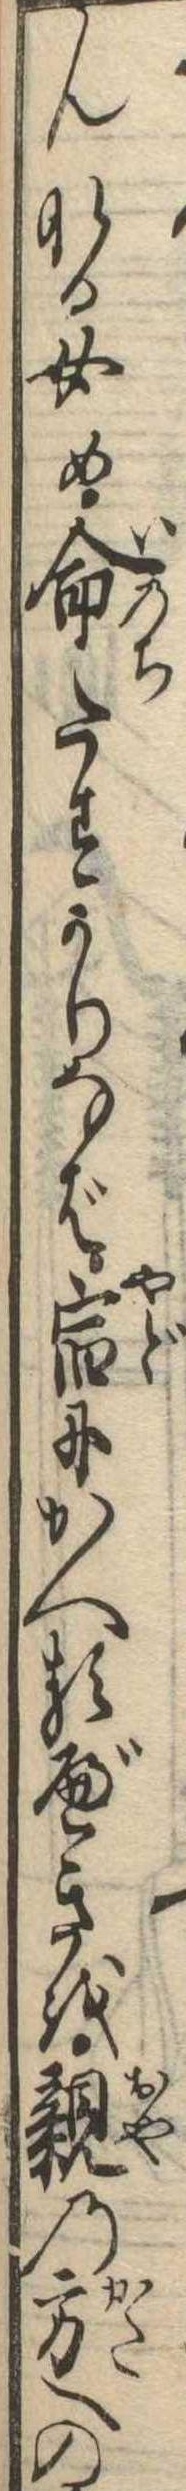
んなる女め命たすかりなば宿にかへるべきを親の方への